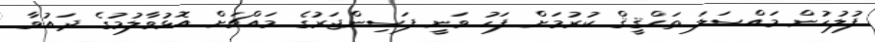
ފުލުހުން މައްސަލަ ތަޙްޤީޤް ކުރުމަށް ފަހު ވަނީ ފަސިންޖަރުގެ މައްޗަށް އޮޅުވާލުމުގެ ދައުވާ